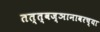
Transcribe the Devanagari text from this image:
तत्त्वज्ञानावरच्या